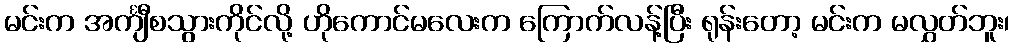
မင်းက အင်္ကျီစသွားကိုင်လို့ ဟိုကောင်မလေးက ကြောက်လန့်ပြီး ရုန်းတော့ မင်းက မလွှတ်ဘူး၊